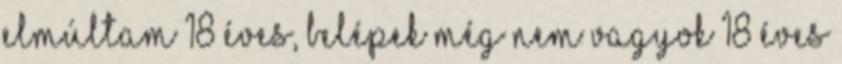
Elmúltam 18 éves, belépek Még nem vagyok 18 éves